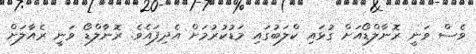
ވެސް ވަނީ ރޮނާލްޑޯއަށް ގުޅައި ކްލަބުގައި މަޑުކުރުމަށް އެދިފައެވެ. ރޮނާލްޑޯ ވަނީ ރެއާލަށް